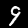
Label: 9